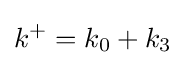
k^{+}=k_{0}+k_{3}